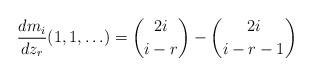
LaTeX: \begin{align*} \frac{d m_i}{d z_r}(1, 1, \ldots) = \binom{2i}{i - r} - \binom{2i}{i - r - 1} \end{align*}